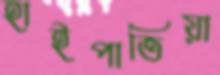
হাইপাতিয়া